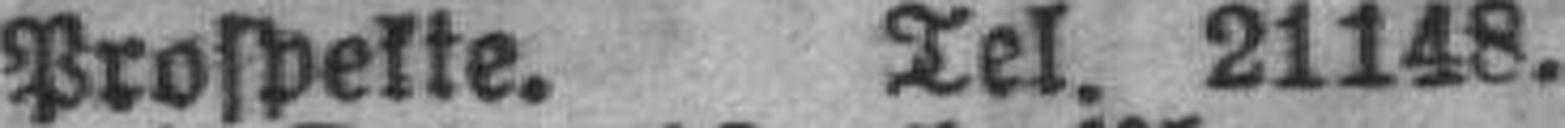
Prospekte. Tel. 21148.